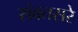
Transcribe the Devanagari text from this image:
संवतसरे